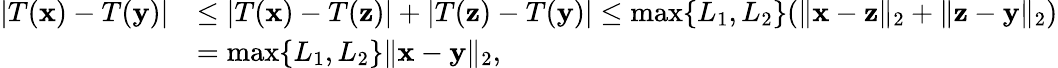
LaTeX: \begin{array}{rl}{\lvert T(\mathbf x)-T(\mathbf y)\rvert}&{\leq\lvert T(\mathbf x)-T(\mathbf z)\rvert+\lvert T(\mathbf z)-T(\mathbf y)\rvert\leq\operatorname*{max}\{ L_{1},L_{2}\} (\Vert\mathbf x-\mathbf z\Vert_{2}+\Vert\mathbf z-\mathbf y\Vert_{2})}\\ &{=\operatorname*{max}\{ L_{1},L_{2}\} \Vert\mathbf x-\mathbf y\Vert_{2},}\end{array}